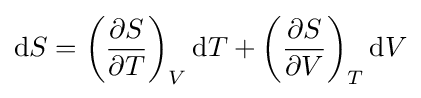
\mathrm {d} S=\left({\frac {\partial S}{\partial T}}\right)_{V}\mathrm {d} T+\left({\frac {\partial S}{\partial V}}\right)_{T}\mathrm {d} V